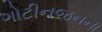
ગોટીનજનના